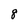
Character: 8